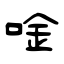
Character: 唫